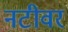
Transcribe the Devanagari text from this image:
नटीवर